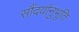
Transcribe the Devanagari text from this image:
सौंदर्यानुभूति